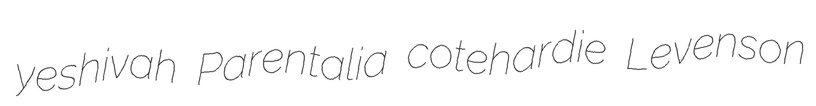
yeshivah Parentalia cotehardie Levenson